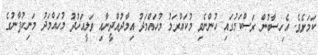
ކަމަށެވެ. އެހިސާބުން ރަސްކަމުގައި ހުންނެވި މުކައްރަމު މުހައްމަދު އިމާދުއްދީނާއި ވަލީއަހުދު މުހައްމަދު މަނިކުފާނުގެ